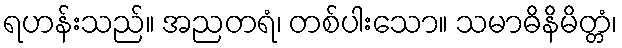
ရဟန်းသည်။ အညတရံ၊ တစ်ပါးသော။ သမာဓိနိမိတ္တံ၊